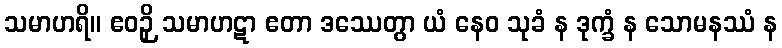
သမာဟရိ။ ဧဝဉှိ သမာဟဋာ ဧတာ ဒဿေတွာ ယံ နေဝ သုခံ န ဒုက္ခံ န သောမနဿံ န